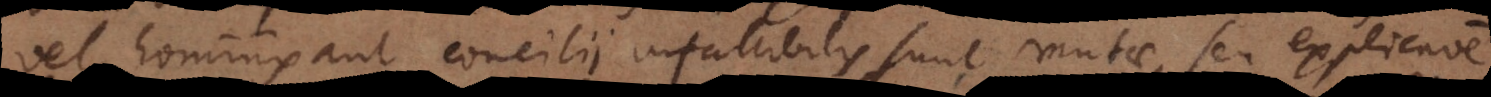
vel hominis aut concilii infallibilis sunt mutae, seu explicatione